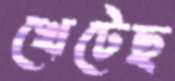
খেটেছ